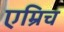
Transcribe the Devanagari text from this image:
एम्रिच